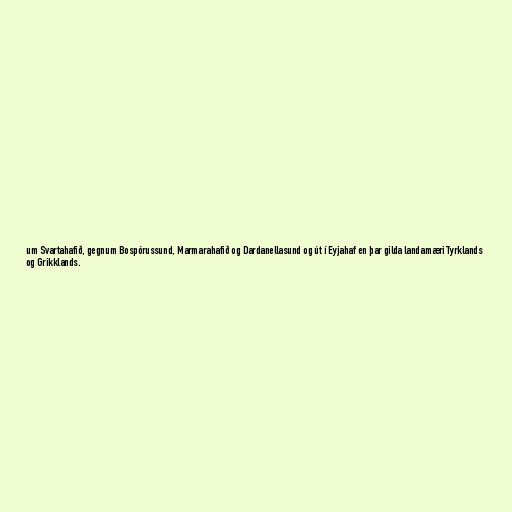
um Svartahafið, gegnum Bospórussund, Marmarahafið og Dardanellasund og út í Eyjahaf en þar gilda landamæri Tyrklands
og Grikklands.